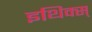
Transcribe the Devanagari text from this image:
इथिक्स्